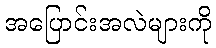
အပြောင်းအလဲများကို